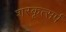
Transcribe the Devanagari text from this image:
शरकृत्‍सर्प